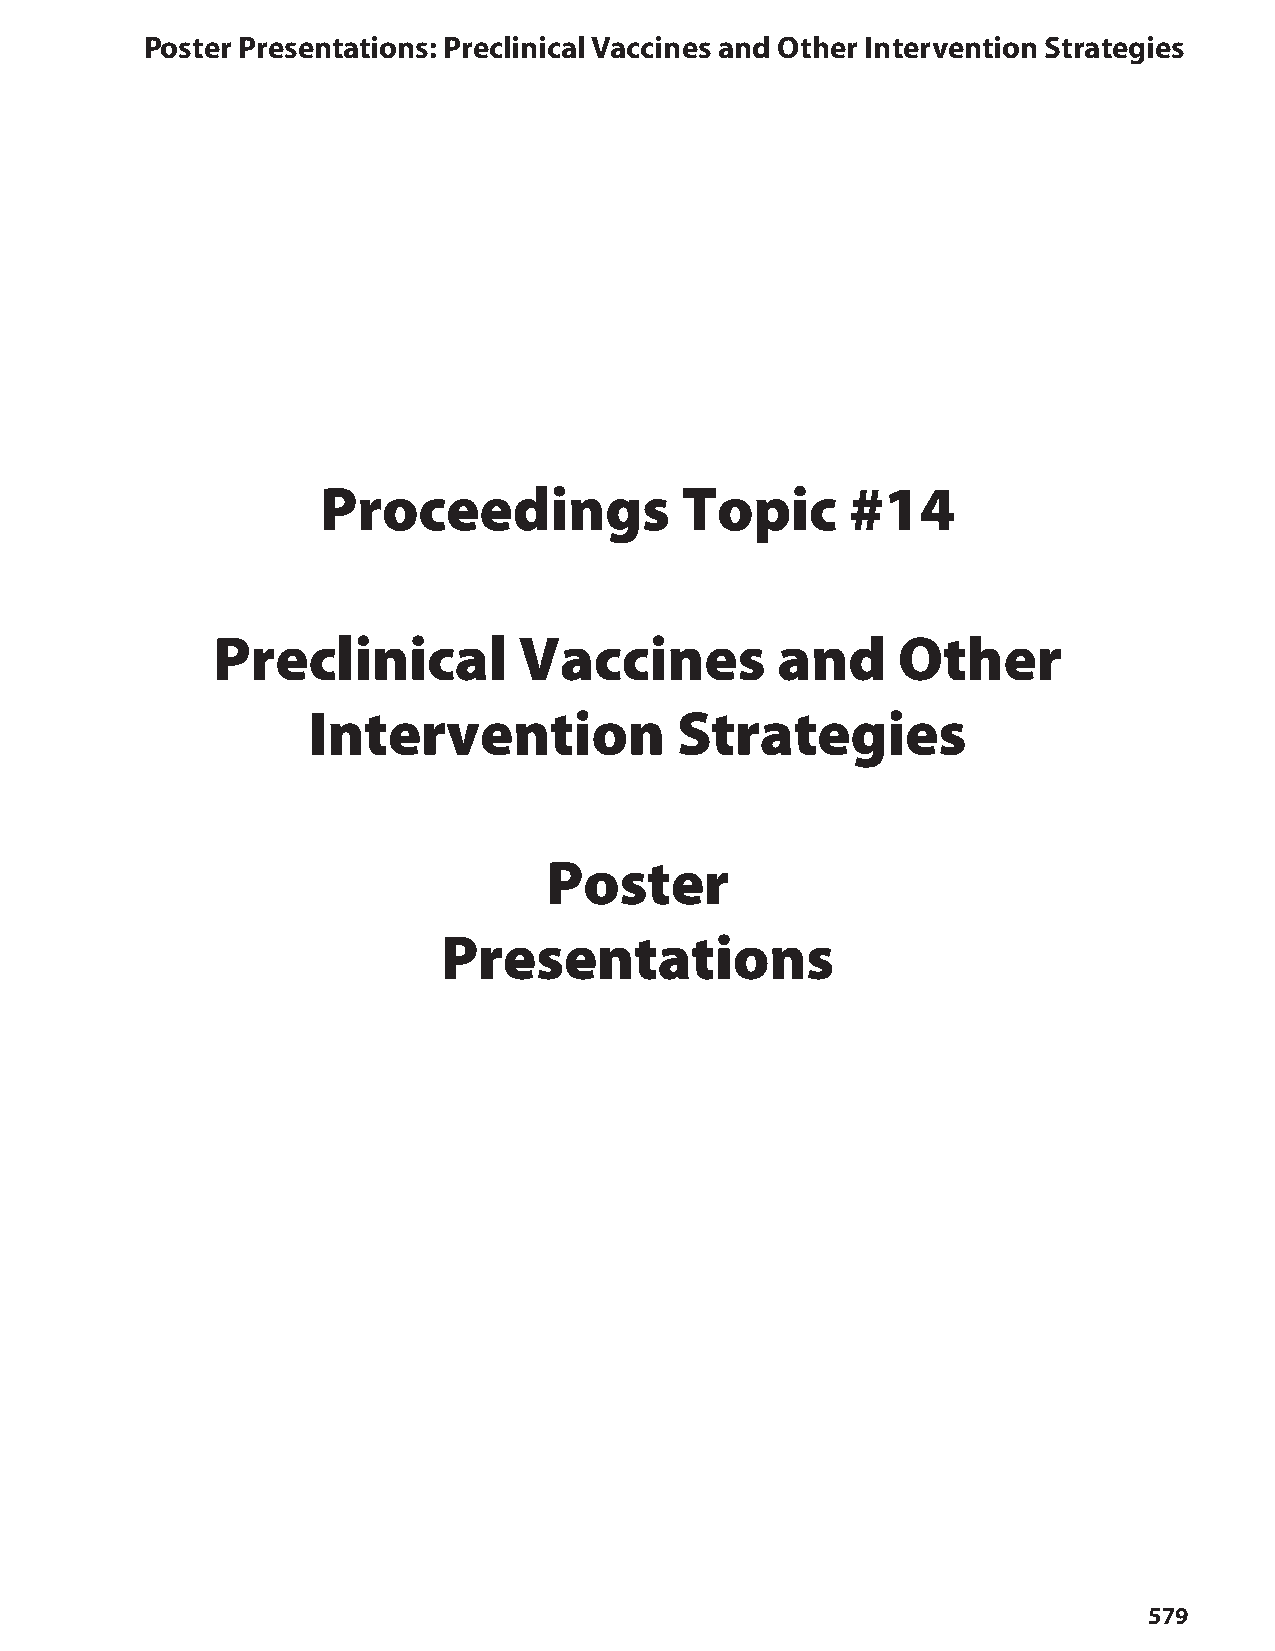
Poster Presentations: Preclinical Vaccines and Other Intervention Strategies
 Proceedings             Topic      #14
 Preclinical         Vaccines         and     Other
 Intervention             Strategies
 Poster
 Presentations
 579